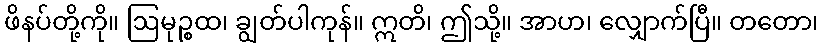
ဖိနပ်တို့ကို။ ဩမုဉ္စထ၊ ချွတ်ပါကုန်။ ဣတိ၊ ဤသို့။ အာဟ၊ လျှောက်ပြီ။ တတော၊